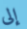
إلى